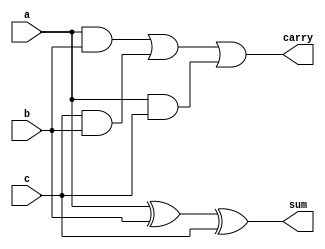
module full_adder_gate(
    input a,
    input b,
    input c,
    output sum,
    output carry
    );
wire w0,w1,w2,w3;
	 
xor(w0,a,b);
xor(sum,w0,c);

and(w1,a,b);
and(w2,c,b);
and(w3,a,c);
or (carry,w1,w2,w3);

endmodule